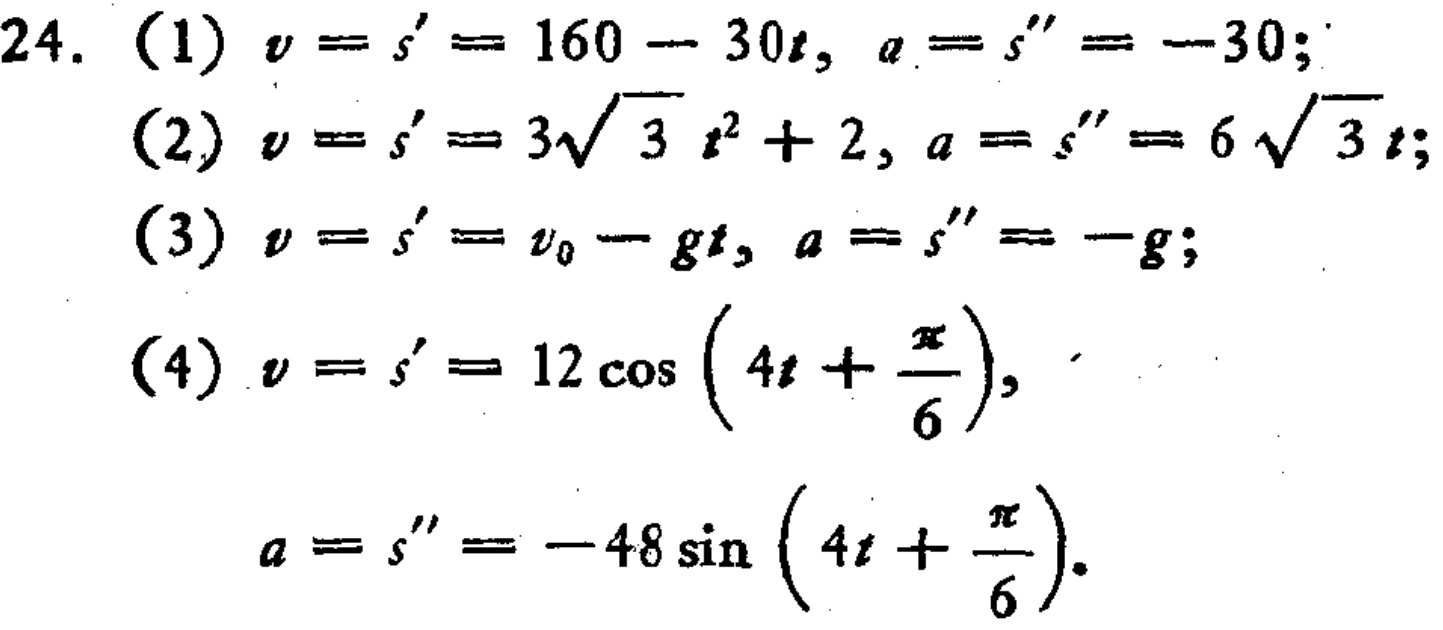
\begin{align*}
24.\
&(1)\ v = s^\prime= 160 - 30t,\ a = s^{\prime\prime}= -30;\\
&(2)\ v = s^\prime= 3\sqrt{3}t^{2}+ 2,\ a = s^{\prime\prime}= 6\sqrt{3}t;\\
&(3)\ v = s^\prime= v_0 - gt,\ a = s^{\prime\prime}= -g;\\
&(4)\ v = s^\prime= 12\cos\left(4t+\frac{\pi}{6}\right),\\
&\ \ \ a = s^{\prime\prime}= -48\sin\left(4t+\frac{\pi}{6}\right).
\end{align*}